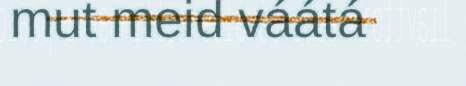
mut meid váátá